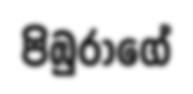
පිඹුරාගේ